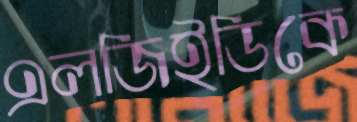
এলজিইডিকে